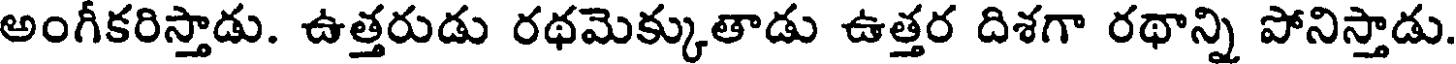
అంగీకరిస్తాడు. ఉత్తరుడు రథమెక్కుతాడు ఉత్తర దిశగా రథాన్ని పోనిస్తాడు